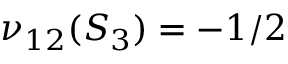
\nu _ { 1 2 } ( S _ { 3 } ) = - 1 / 2